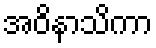
အဝိနာသိကာ